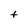
Character: t